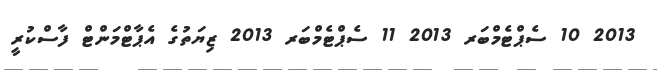
2013 10 ސެޕްޓެމްބަރ 2013 11 ސެޕްޓެމްބަރ 2013 ޒިޔަތުގެ އެޕާޓްމަންޓް ފާސްކުރީ